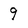
Character: 9